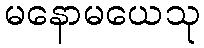
မနောမယေသု